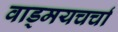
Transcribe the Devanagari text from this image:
वाड्मयचर्चा